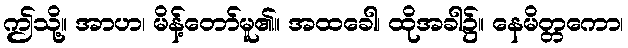
ဤသို့။ အာဟ၊ မိန့်တော်မူ၏။ အထခေါ၊ ထိုအခါ၌။ နေမိတ္တကော၊